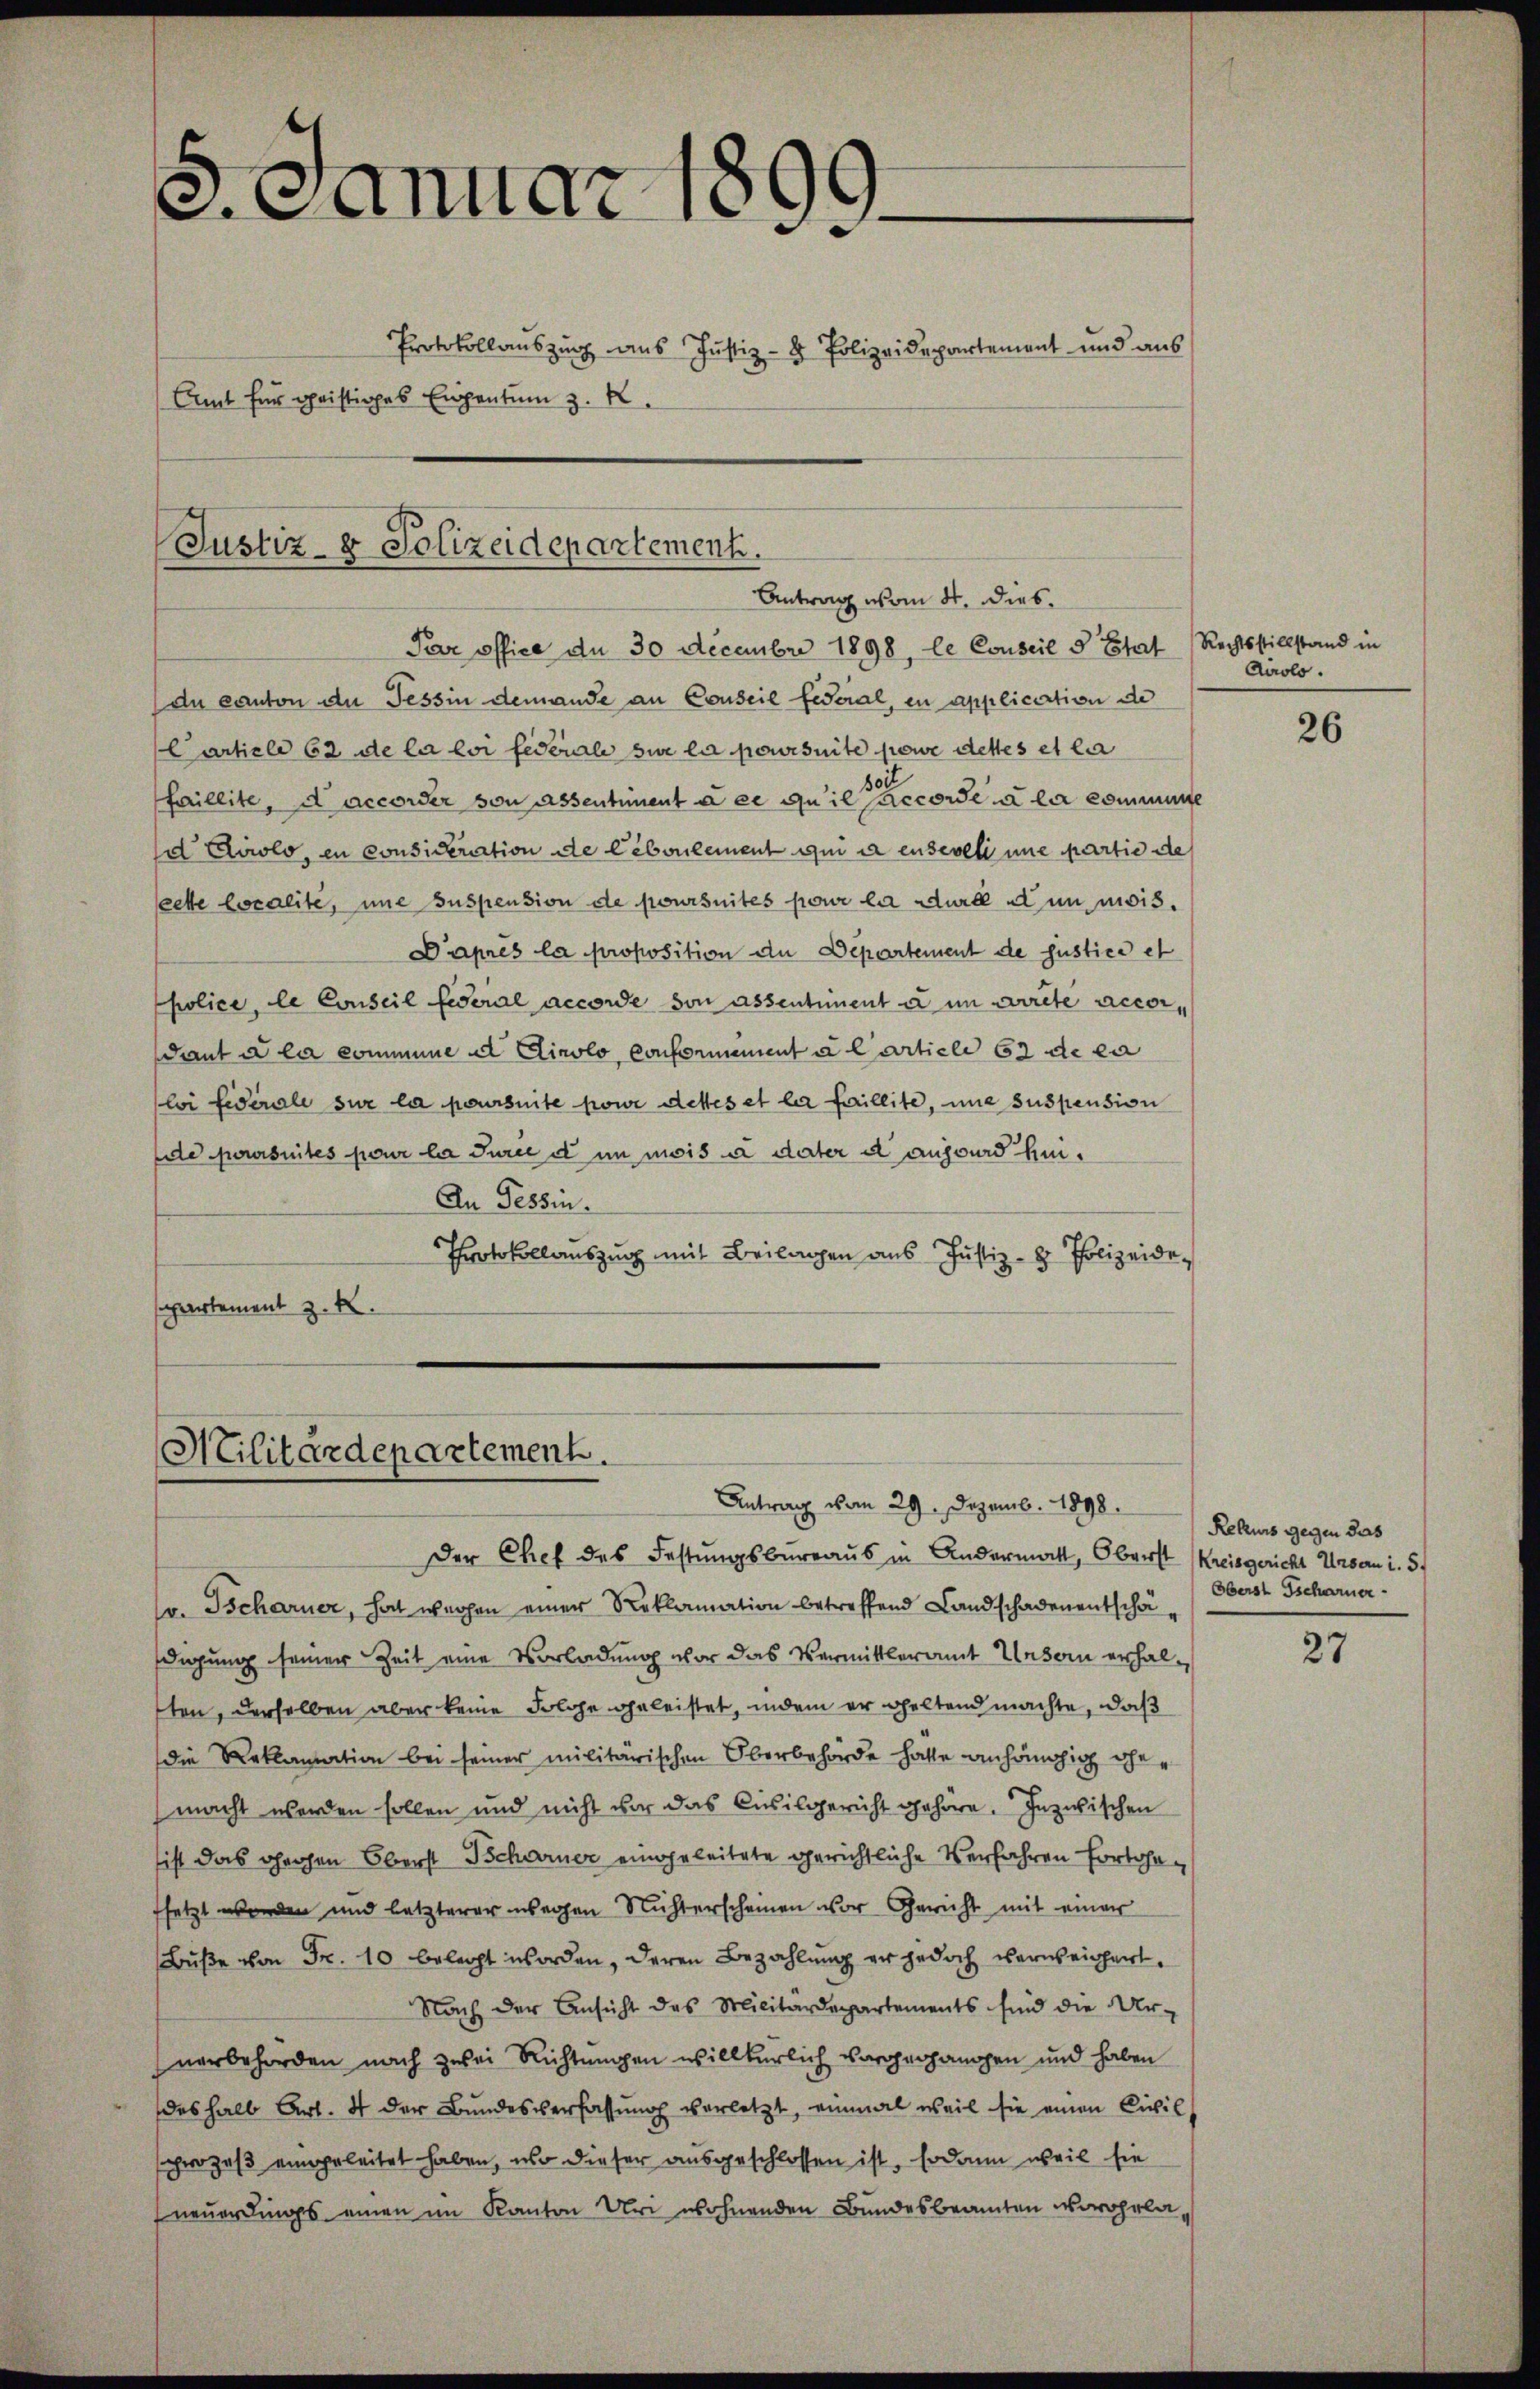
. Januar
1
Protokollauszug aus Justiz- & Polizeidepartement und aus
Amt für geistiges Eigentum z. B.

Justiz- & Polizeidepartement.
Antrag vom 4. dies

Par office de 30 December 1898, le Conseil d Estrat Rechtsstillstand in
Dn Canton der Tessin demande an Conseil fiscial, in application de
Carticle 62 de la loi fédérale sur la poursuite sowie dettes et la
haillite, d accorder von Absentiment a er an il paccordé à la commune
d Carolo, en consideration de leboulement qui a enseveli une partie de
eette localite, une suspension de poursuites pour la dure nun mois.
Daprès la proposition an Departement de Justice et
police, le Conseil federal accorde von assentiment a im virte accor
dant a la commene et Linolo conformement a Carticle 62 de la
loi fédérale sur la poursuite pour dettes et la faillite, une suspension
e poursuites pour la Turce et in mois a dater d aus wurd kei¬
An Tessin.
Protokollauszug mit Beilagen aus Justiz- & Polizeide
spartement z. B.

e
Militärdepartement.

Antrag vom 29. Dezemb. 1898.

Der Chef des Festungsbureaus in Andermatt, Oberst Kreisgericht Ursern i. 5.
v. Tscharner, hat wegen einer Reklamation betreffend Landschadenentschädigung seiner Zeit eine Vorladung war das Vermittleramt Unsern erhalten, derselben aber keine Folge geleistet, indem er geltend machte, daß
die Reklamation bei seiner militärischen Oberbehörde hätte anhängig ehemacht werden sollen und nicht vor das Civilgericht gehöre. Inzwischen
ist das gehen Oberst Scharner eingeleitete gerichtliche Verfahren forthafsetzt werden und letzterer wegen Nichterscheinen vor Gericht mit einer
Buße von Fr. 10 belegt worden, deren Bezahlung er jedoch verweichert.
Nach der Ansicht des Militärdepartements sind die Ur-
nerbehörden nach zwei Richtungen willkürlich vorgegangen und haben
deshalb Art. 4 der Bundesverfassung verletzt, einmal weil sie einen Civil
sprozeß eingeleitet haben, wo dieser ausgeschlossen ist, sodann weil sie
neuerdings einen im Kanton Uri wohnenden Bundesbeamten vorgela¬

Airolo.

26

Rekurs gegen das
Oberst Tscharner

27